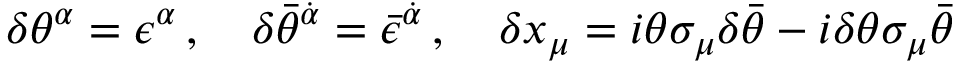
\delta \theta ^ { \alpha } = \epsilon ^ { \alpha } \, , \quad \delta \bar { \theta } ^ { \dot { \alpha } } = \bar { \epsilon } ^ { \dot { \alpha } } \, , \quad \delta x _ { \mu } = i \theta \sigma _ { \mu } \delta \bar { \theta } - i \delta \theta \sigma _ { \mu } \bar { \theta }